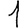
Digit: 1